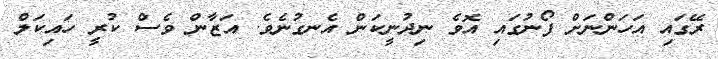
ރޭގައި އަހަންނަށް ފޯނުގައި އޮވެ ނިދުނީކަން އެނގުނެވެ. އަޒާން ވެސް ކުރީ ހައިކަލް